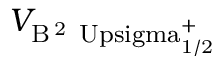
V _ { \mathrm { B \, ^ { 2 } \ U p s i g m a _ { 1 / 2 } ^ { + } } }